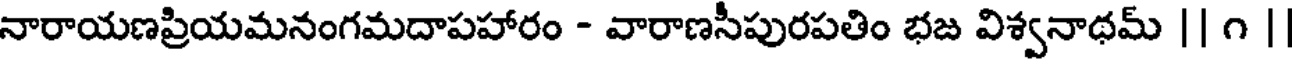
నారాయణప్రియమనంగమదాపహారం - వారాణసీపురపతిం భజ విశ్వనాథమ్ || ౧ |